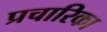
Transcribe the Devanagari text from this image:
प्रचारिका